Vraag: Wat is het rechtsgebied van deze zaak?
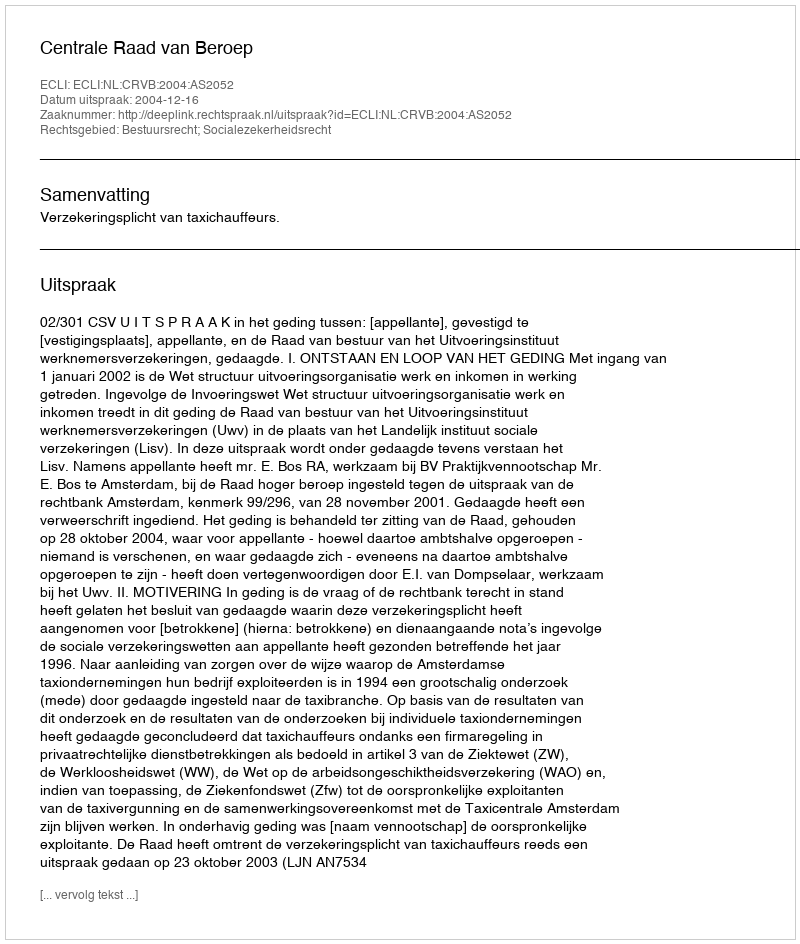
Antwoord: Bestuursrecht; Socialezekerheidsrecht